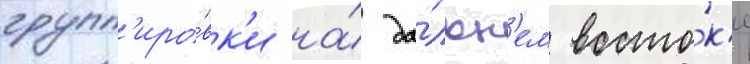
групп'иро́вк'и на́ да́льн'ем восто́к'е